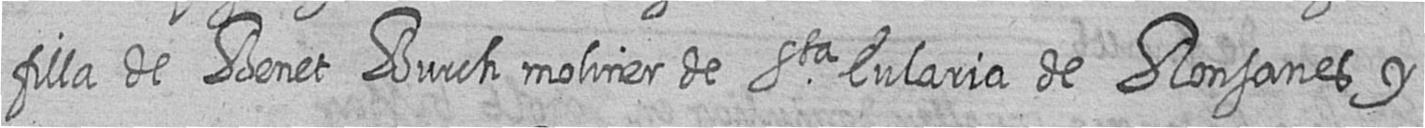
filla de Benet Burch moliner de Sta Eularia de Ronsanes y